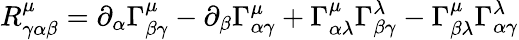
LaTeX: R_{\gamma\alpha\beta}^{\mu}=\partial_{\alpha}\Gamma_{\beta\gamma}^{\mu}-\partial_{\beta}\Gamma_{\alpha\gamma}^{\mu}+\Gamma_{\alpha\lambda}^{\mu}\Gamma_{\beta\gamma}^{\lambda}-\Gamma_{\beta\lambda}^{\mu}\Gamma_{\alpha\gamma}^{\lambda}